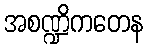
အစဏ္ဍိကတေန